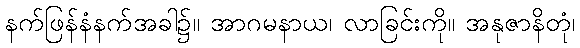
နက်ဖြန်နံနက်အခါ၌။ အာဂမနာယ၊ လာခြင်းကို။ အနုဇာနိတုံ၊